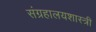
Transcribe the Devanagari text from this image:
संग्रहालयशास्त्री